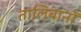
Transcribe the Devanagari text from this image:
तालिबानों